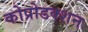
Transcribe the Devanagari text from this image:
कोप्रोडक्शन